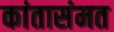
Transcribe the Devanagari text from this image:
कांतासंमत